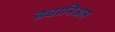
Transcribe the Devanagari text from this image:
ड्यानिअल